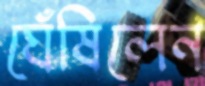
ঘেঁষিলেন